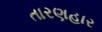
તારણહાર